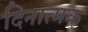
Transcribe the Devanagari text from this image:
दिनात्मक